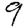
Digit: 9